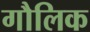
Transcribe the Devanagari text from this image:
गौलिक